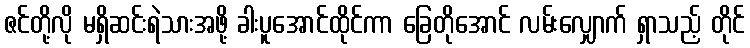
ဇင်တို့လို မရှိဆင်းရဲသားအဖို့ ခါးပူအောင်ထိုင်ကာ ခြေတိုအောင် လမ်းလျှောက် ရှာသည့် တိုင်